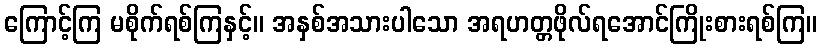
ကြောင့်ကြ မစိုက်ရစ်ကြနှင့်။ အနှစ်အသားပါသော အရဟတ္တဖိုလ်ရအောင်ကြိုးစားရစ်ကြ။